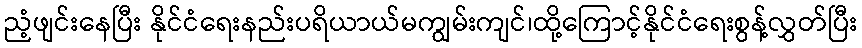
ညံ့ဖျင်းနေပြီး နိုင်ငံရေးနည်းပရိယာယ်မကျွမ်းကျင်၊ထို့ကြောင့်နိုင်ငံရေးစွန့်လွှတ်ပြီး